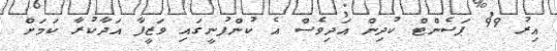
އިރު 99 ޕަސެންޓް ކުދިން އަދިވެސް އެ ކުންފުނީގައި ވަޒީފާ އަދާކުރާ ކަމަށް